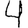
Digit: 4